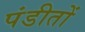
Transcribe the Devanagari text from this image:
पंडीतों